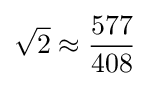
{\sqrt {2}}\approx {\frac {577}{408}}